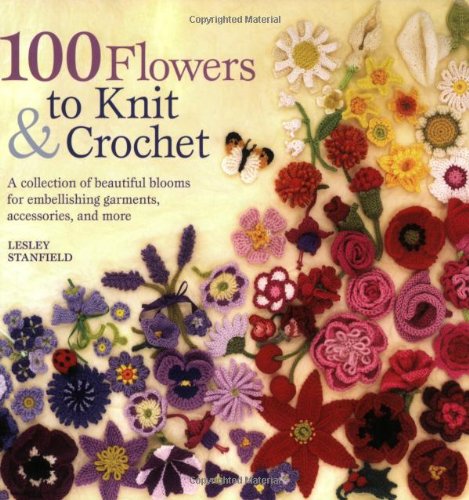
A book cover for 100 Flowers to Knit & Crochet: A Collection of Beautiful Blooms for Embellishing Garments, Accessories, and More; Lesley Stanfield; Crafts, Hobbies & Home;